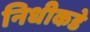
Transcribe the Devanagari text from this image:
निधीकडे